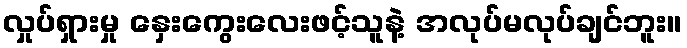
လှုပ်ရှားမှု နှေးကွေးလေးဖင့်သူနဲ့ အလုပ်မလုပ်ချင်ဘူး။